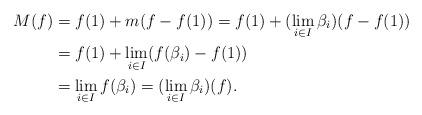
LaTeX: \begin{align*}M(f) &= f(1) + m(f - f(1)) = f(1) + (\lim \limits_{i \in I} \beta_i) (f - f(1))\\& = f(1) + \lim \limits_{i \in I} (f(\beta_i) - f(1))\\& = \lim \limits_{i \in I} f(\beta_i) = (\lim \limits_{i \in I} \beta_i) (f).\end{align*}